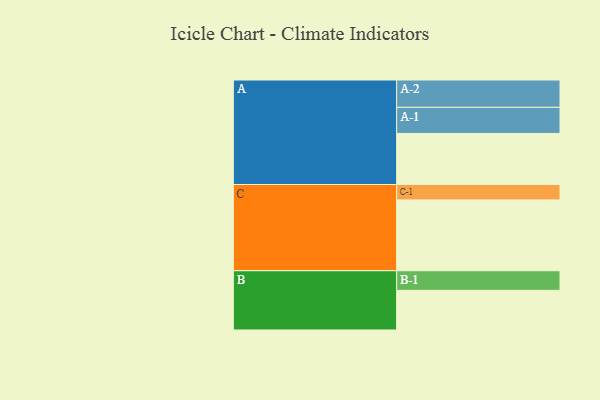
{"axis": {"x": "Segment", "y": "Value"}, "legend": ["", "A", "B", "C"], "data": [{"x": "A", "y": 411, "type": ""}, {"x": "B", "y": 319, "type": ""}, {"x": "C", "y": 570, "type": ""}, {"x": "A-1", "y": 210, "type": "A"}, {"x": "A-2", "y": 220, "type": "A"}, {"x": "B-1", "y": 158, "type": "B"}, {"x": "C-1", "y": 124, "type": "C"}]}